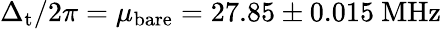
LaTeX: \Delta_{\mathrm{t}}/2\pi=\mu_{\mathrm{bare}}=27.85\pm 0.015~\mathrm{MHz}